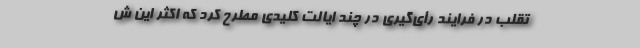
تقلب در فرایند رأی‌گیری در چند ایالت کلیدی مطرح کرد که اکثر این ش